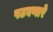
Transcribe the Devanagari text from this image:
पटवणारे